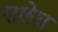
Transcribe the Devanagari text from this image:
रालेघ